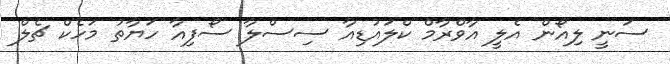
ސަނީ ލިއޯން އެލީ އާވްރާމް ކްލައުޑިއާ ސިސްލާ ސޯފިއާ ހަޔާތު މަހެކް ޗެލް